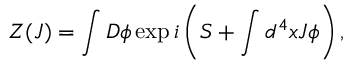
Z ( J ) = \int D \phi \exp i \left( S + \int d ^ { 4 } x J \phi \right) ,